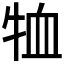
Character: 𭷞